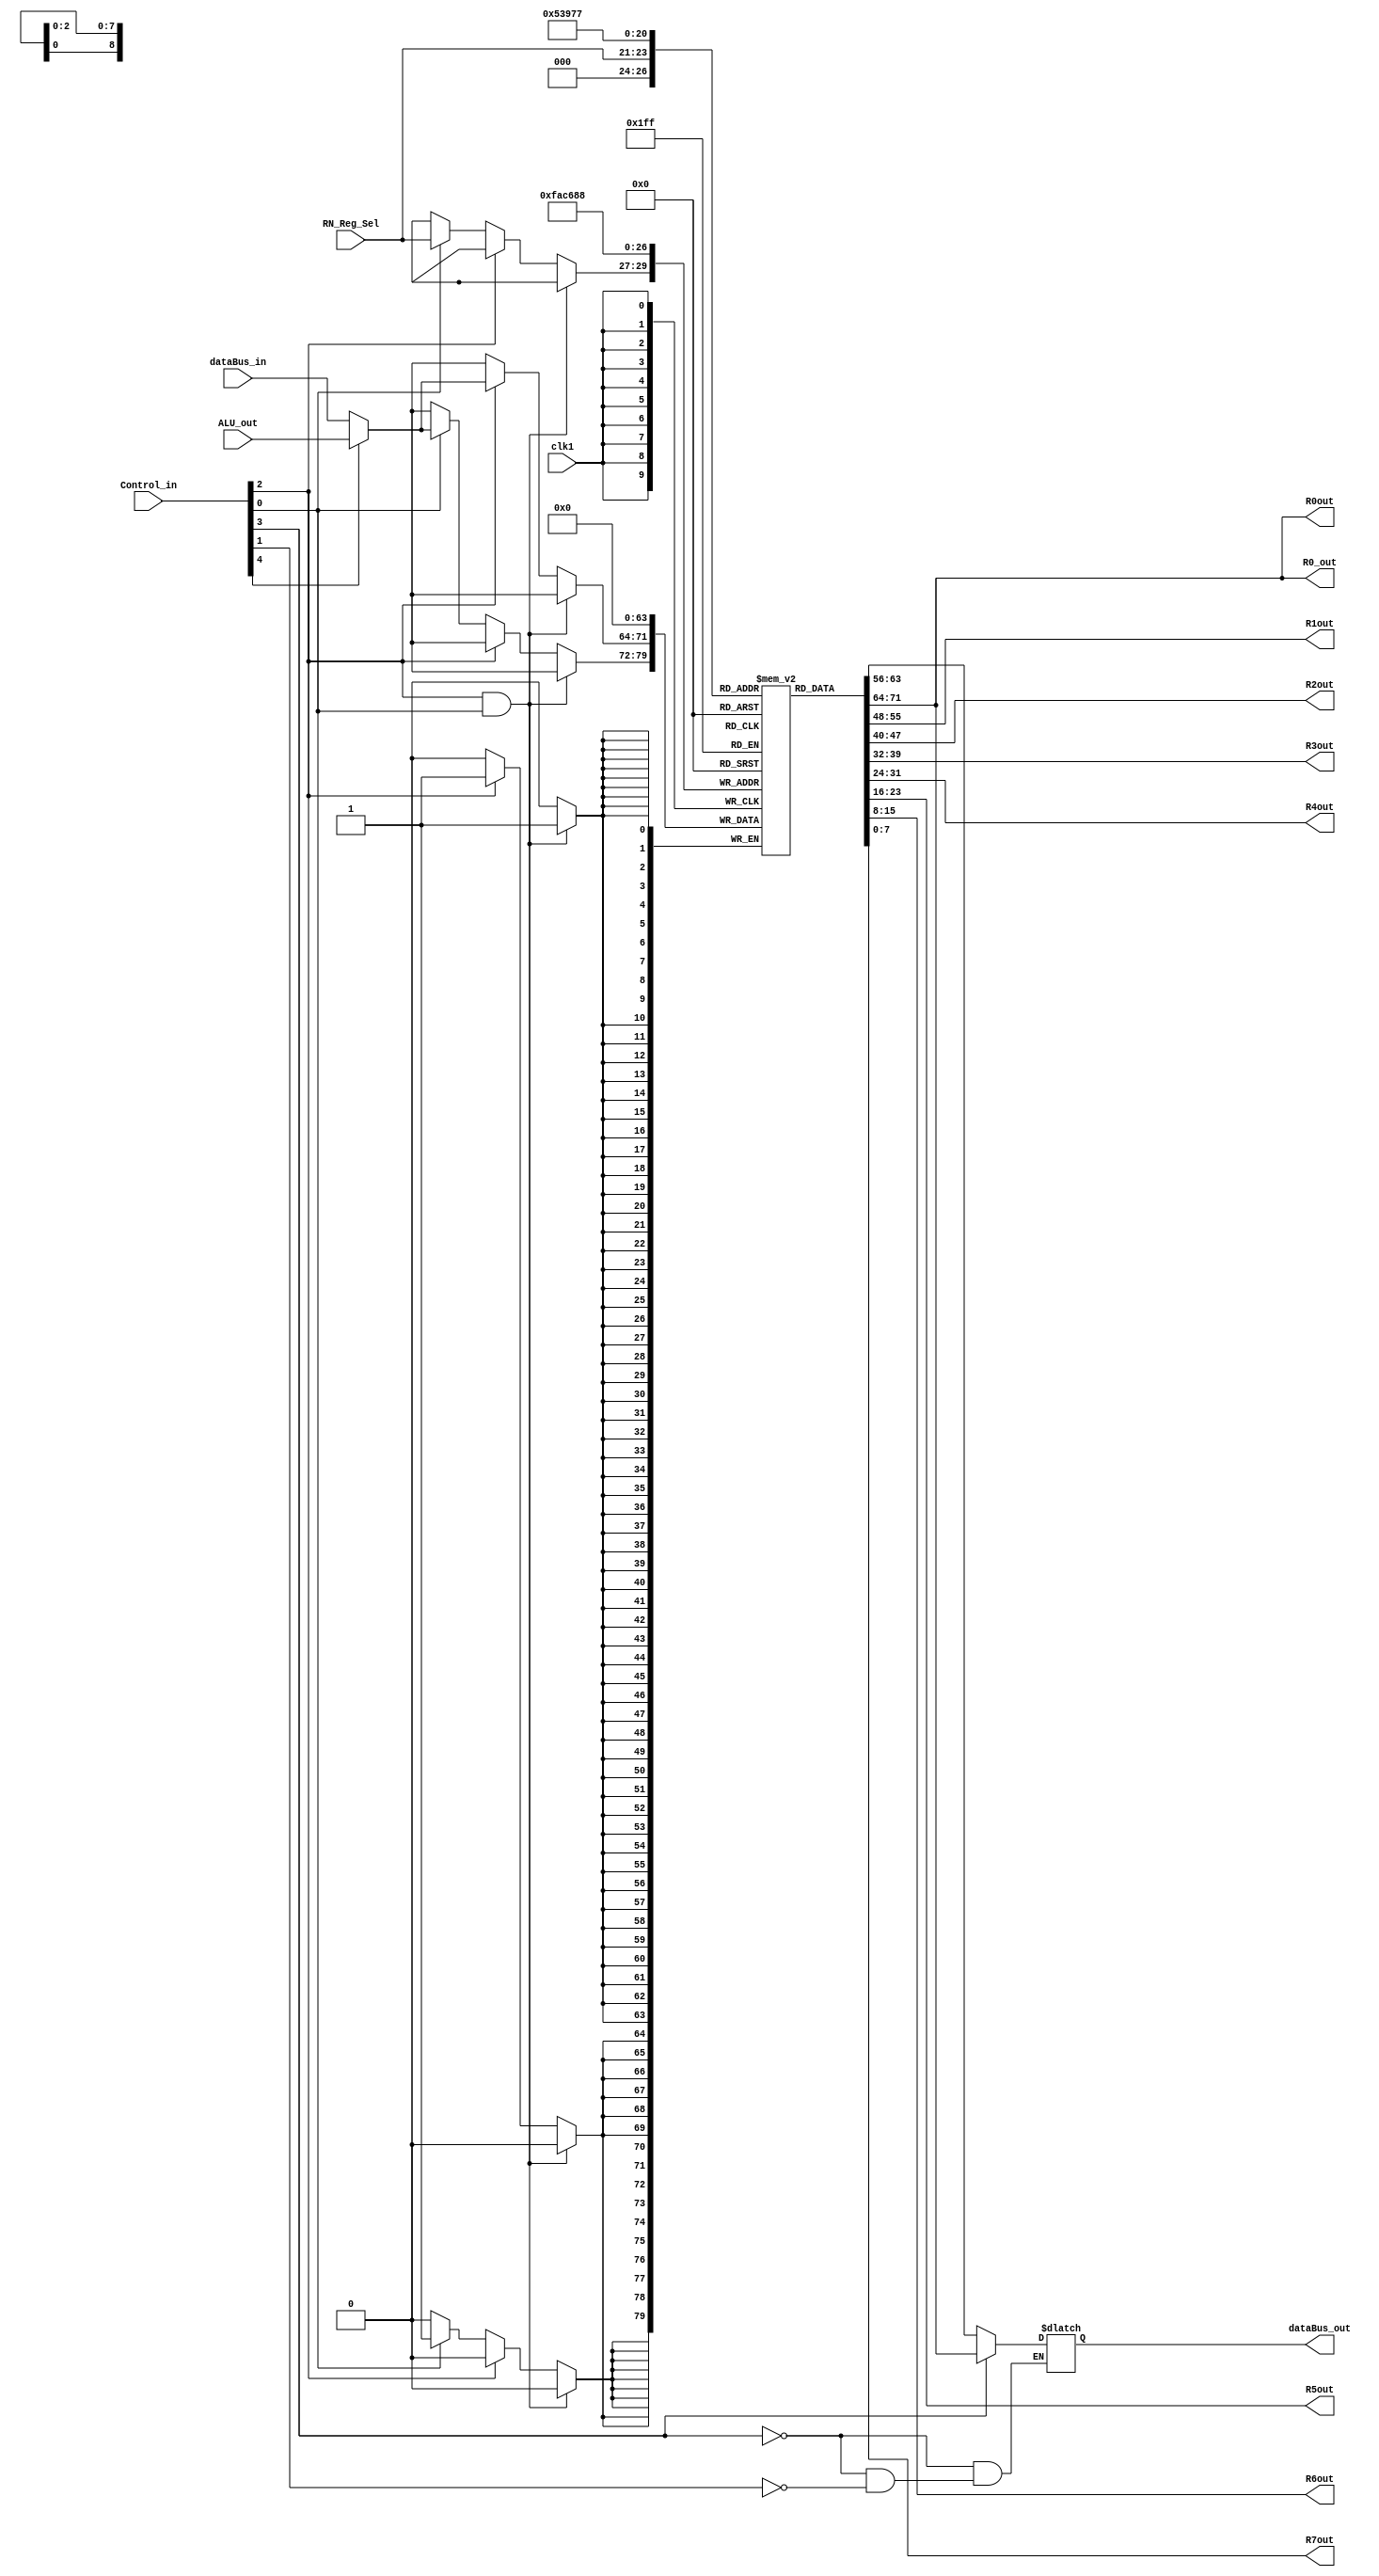
`timescale 1ns / 1ps

module RegisterArray(
	input 	 	[7:0] 		dataBus_in,
	output      [7:0]       dataBus_out,
	output 	 	[7:0] 		R0_out,	
	input 		[7:0] 	 	ALU_out,
	input 		[2:0] 		RN_Reg_Sel,
	input   	[4:0] 		Control_in,
	input					clk1,
	output      [7:0]      R0out, R1out, R2out, R3out, R4out, R5out, R6out, R7out
	);

	reg 		[7:0]		Reg_Array	[7:0];
    reg 		[7:0] 		RN_out_Bus;

//    wire        [7:0]       outBus;
	/*initial
	begin
		Reg_Array[0] = 0;
		Reg_Array[1] = 0;
		Reg_Array[2] = 0;
		Reg_Array[3] = 0;
		Reg_Array[4] = 0;
		Reg_Array[5] = 0;
		Reg_Array[6] = 0;
		Reg_Array[7] = 0;
		
		RN_out_Bus=0;
	end */

assign S_AL= Control_in[4];
assign E_R0= Control_in[3];
assign L_R0= Control_in[2];
assign E_RN= Control_in[1];
assign L_RN= Control_in[0];
	
always @ (posedge clk1)
begin
    if(L_R0 & L_RN) begin
       Reg_Array[0]= 0; 
       Reg_Array[1]= 0; 
       Reg_Array[2]= 0; 
       Reg_Array[3]= 0; 
       Reg_Array[4]= 0; 
       Reg_Array[5]= 0; 
       Reg_Array[6]= 0; 
       Reg_Array[7]= 0; 
    end 
   	else if (L_R0)
	begin
		Reg_Array[0]= (S_AL)?ALU_out:dataBus_in;
	end

	else if (L_RN)
	begin	
		Reg_Array[RN_Reg_Sel] = (S_AL)?ALU_out:dataBus_in;
		
	end
end
/*assign outBus = (E_R0==1'b1 || E_RN == 1'b1 ) ?
                ((E_R0)?Reg_Array[0]:Reg_Array[RN_Reg_Sel]):
                8'hzz;*/
always @ (E_R0 or E_RN)
begin
    if(E_R0)
    begin
    RN_out_Bus = Reg_Array[0];
    end
    
    else if(E_RN) begin
    RN_out_Bus = Reg_Array[RN_Reg_Sel];
    end
    
end

assign R0_out = Reg_Array[0];
assign dataBus_out = RN_out_Bus;

assign R0out= Reg_Array[0];
assign R1out= Reg_Array[1];
assign R2out= Reg_Array[2]; 
assign R3out= Reg_Array[3];
assign R4out= Reg_Array[4];
assign R5out= Reg_Array[5];
assign R6out= Reg_Array[6];
assign R7out= Reg_Array[7];

endmodule